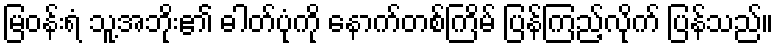
မြဝန်းရံ သူ့အဘိုး၏ ဓါတ်ပုံကို နောက်တစ်ကြိမ် ပြန်ကြည့်လိုက် ပြန်သည်။